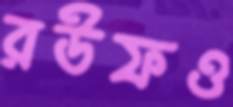
রউফও